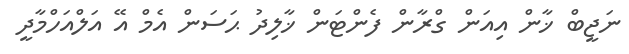
ނަޖީބް ޚާން އިއަން ގްރާން ފެންޓަން ޚާލިދު ޙަސަން އެމް އޭ އަލްއަހްމާދީ